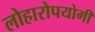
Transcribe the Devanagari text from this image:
लोहारोपयोगी